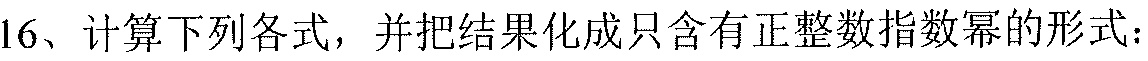
16、计算下列各式，并把结果化成只含有正整数指数幂的形式：